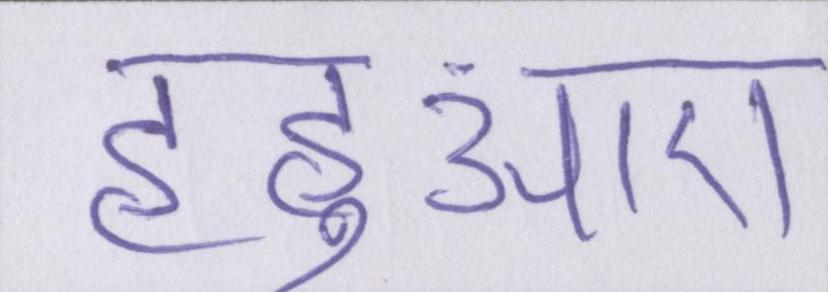
हहुआए